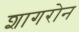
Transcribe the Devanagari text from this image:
शागरोन